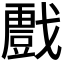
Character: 𭟾